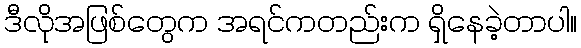
ဒီလိုအဖြစ်တွေက အရင်ကတည်းက ရှိနေခဲ့တာပါ။